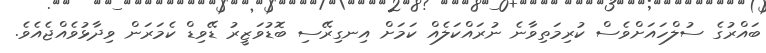
ބައްރުގެ ސުލްހައަށްވެސް ކުރިމަތިވާނެ ނުރައްކަލެއް ކަމަށް އިނގިރޭސި ބޮޑުވަޒީރު ޑޭވިޑް ކެމަރަން ވިދާޅުވެއްޖެއެވެ.